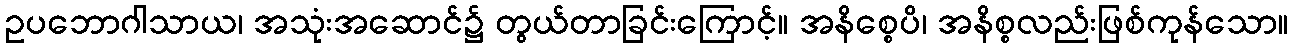
ဥပဘောဂါသာယ၊ အသုံးအဆောင်၌ တွယ်တာခြင်းကြောင့်။ အနိစ္စေပိ၊ အနိစ္စလည်းဖြစ်ကုန်သော။